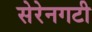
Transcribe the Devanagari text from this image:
सेरेनगटी